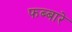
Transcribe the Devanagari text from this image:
फब्बारे